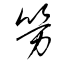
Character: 勞